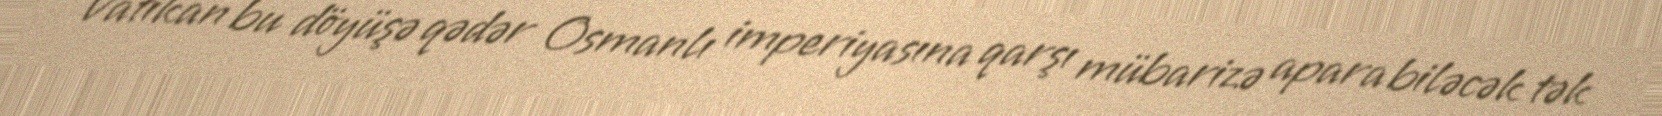
Vatikan bu döyüşə qədər Osmanlı imperiyasına qarşı mübarizə apara biləcək tək